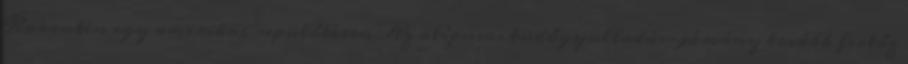
Karantén egy amerikai repülőtéren Az atípusos tüdőgyulladás-járvány tovább fertőz